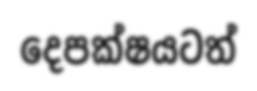
දෙපක්ෂයටත්